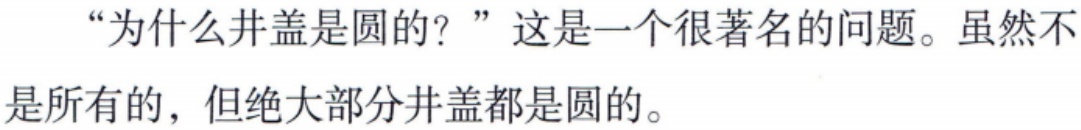
“为什么井盖是圆的？”这是一个很著名的问题。虽然不是所有的，但绝大部分井盖都是圆的。